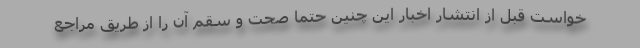
خواست قبل از انتشار اخبار این چنین حتماً صحت و سقم آن را از طریق مراجع